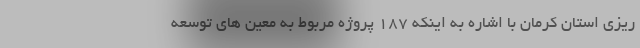
ریزی استان کرمان با اشاره به اینکه ۱۸۷ پروژه مربوط به معین های توسعه